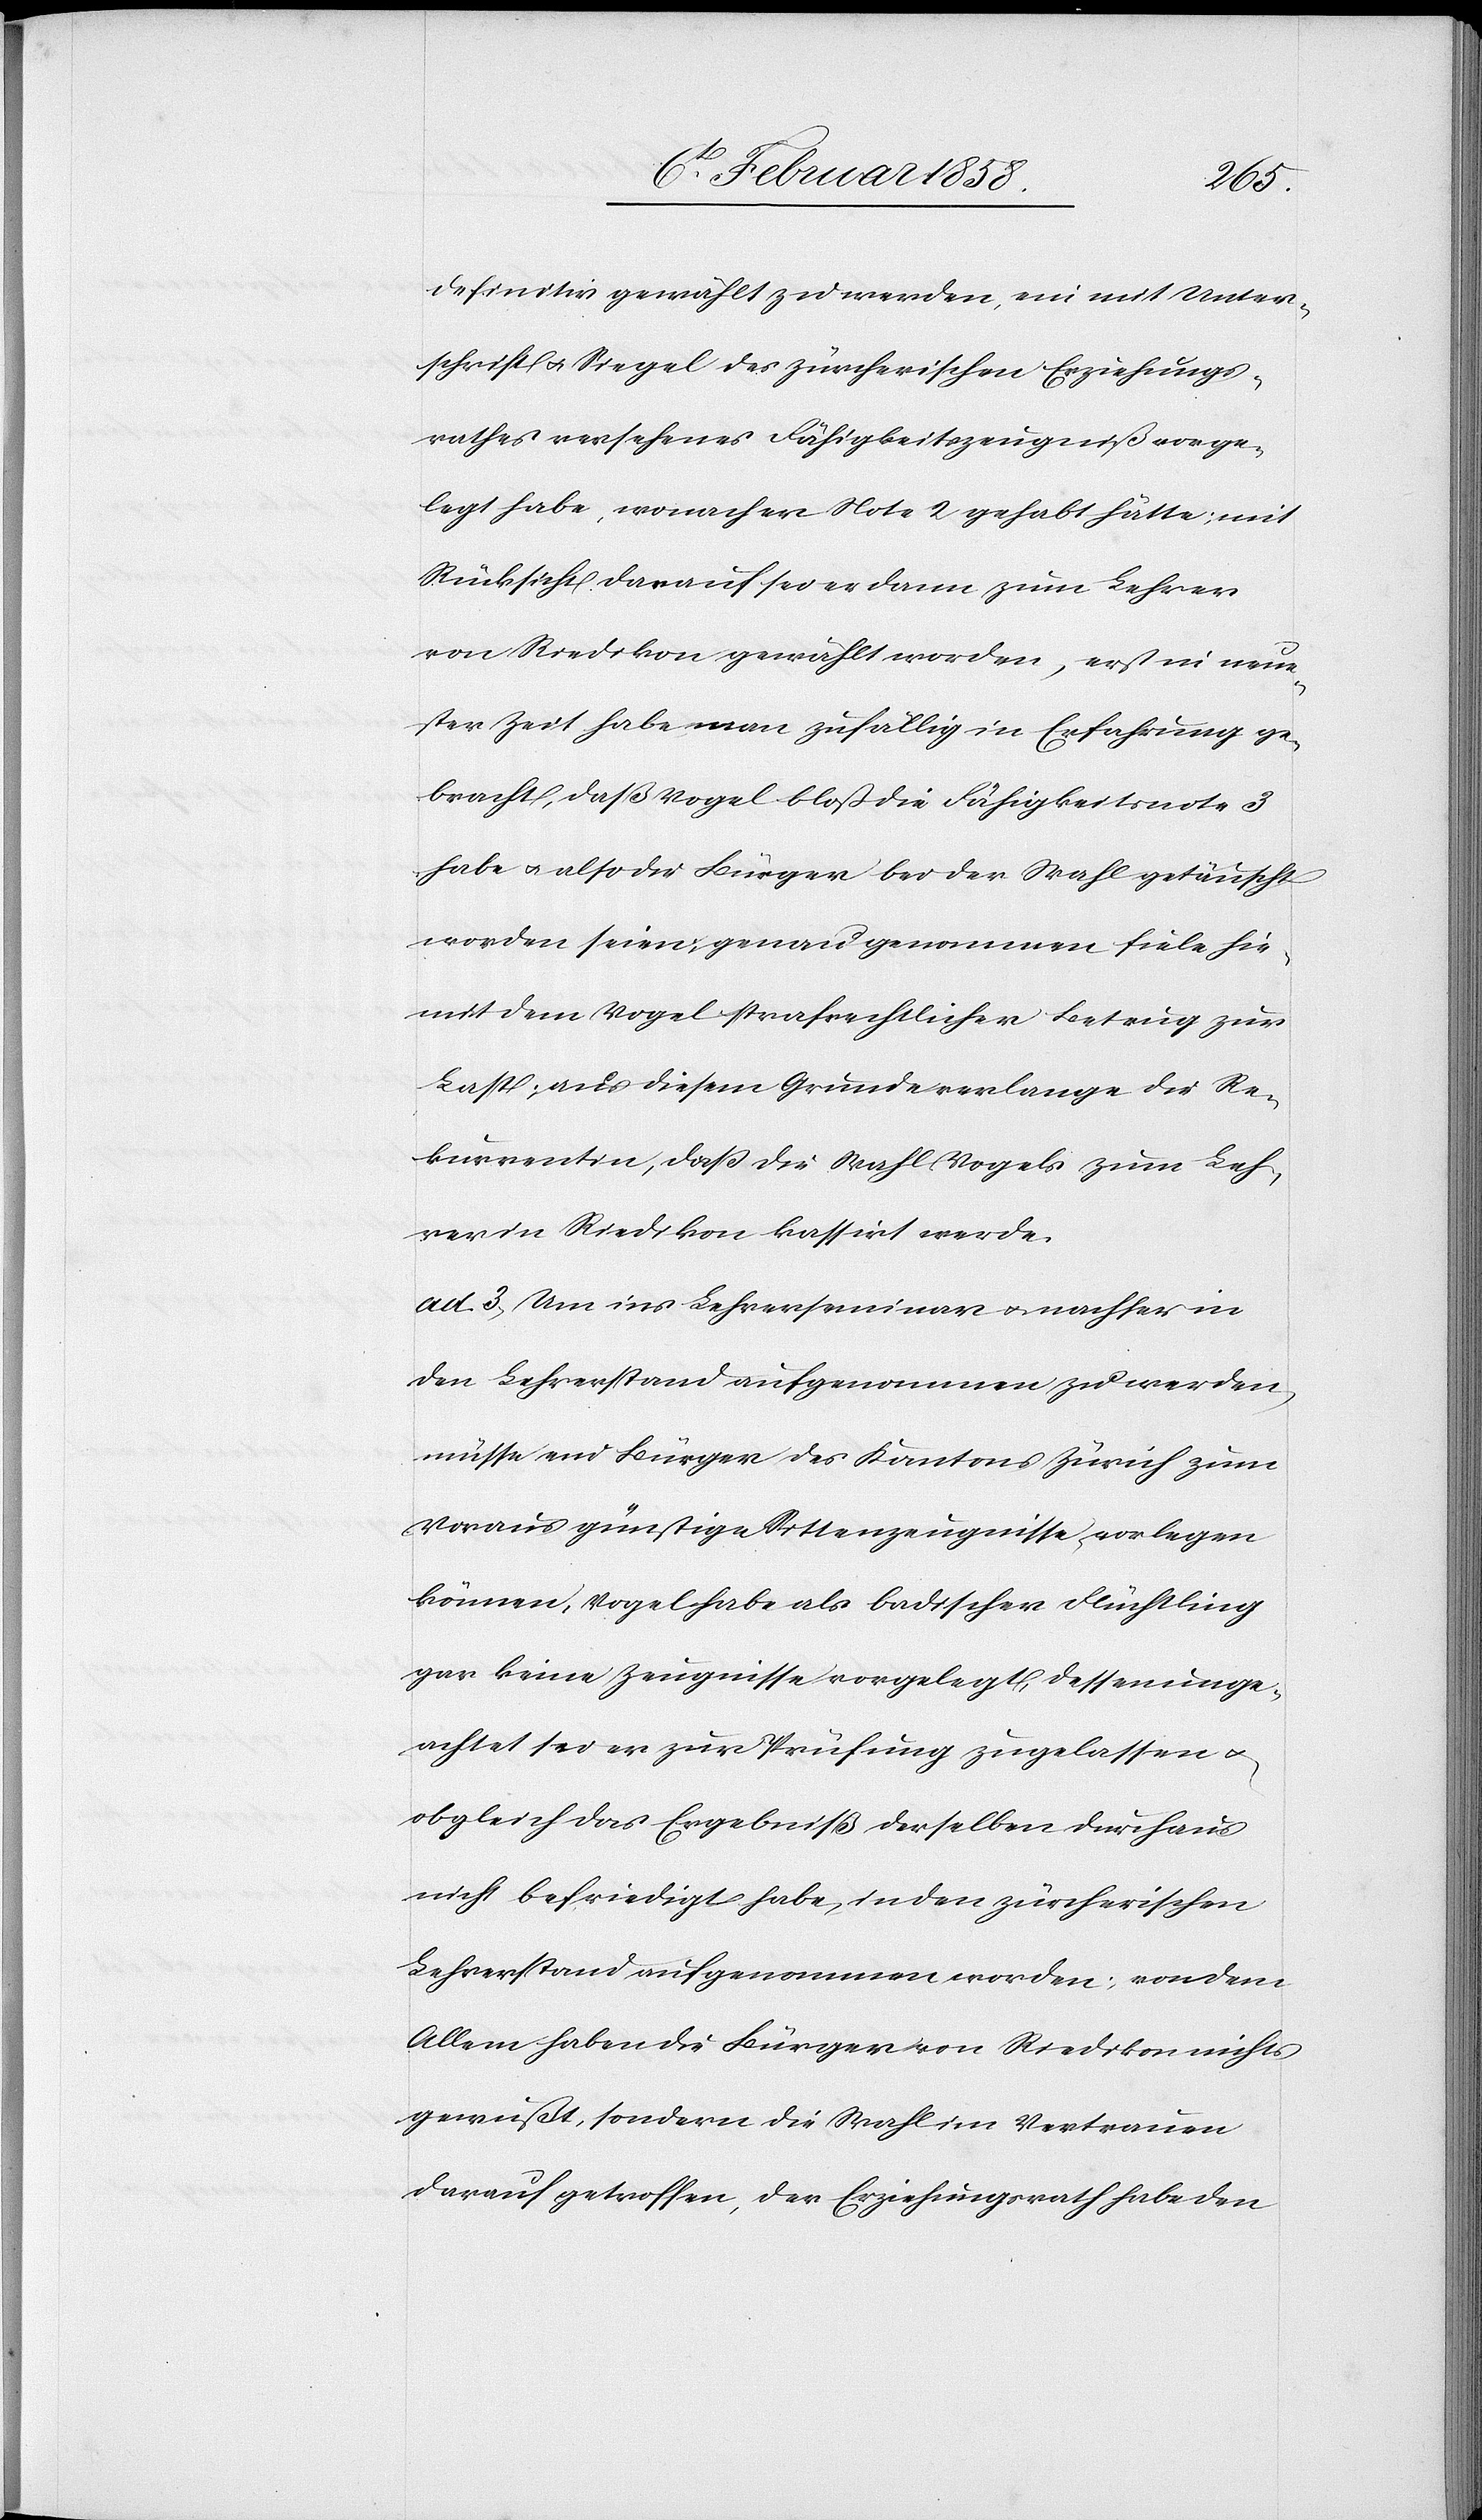
definitiv gewählt zu werden, ein mit Unter¬
schrift u. Siegel des Zürcherischen Erziehungs¬
rathes versehenes Fähigkeitszeugniß vorge¬
legt habe, wonach er Note 2 gehabt hätte, mit
Rücksicht darauf sei er dann zum Lehrer
von Riedikon gewählt worden, erst in neue¬
ster Zeit habe man zufällig in Erfahrung ge¬
bracht, daß Vogel bloß die Fähigkeitsnote 3
habe u. also die Bürger bei der Wahl getäuscht
worden seien, genau genommen fiele hie¬
mit dem Vogel strafrechtlicher Betrug zur
Last; aus diesem Grunde verlange die Re¬
kurrentin, daß die Wahl Vogels zum Leh¬
rer in Riedikon kassirt werde.
ad 3. Um ins Lehrerseminar u. nachher in
den Lehrerstand aufgenommen zu werden,
müsse ein Bürger des Kantons Zürich zum
Voraus günstige Sittenzeugnisse vorlegen
können, Vogel habe als badischer Flüchtling
gar keine Zeugnisse vorgelegt, dessenunge¬
achtet sei er zur Prüfung zugelassen u.
obgleich das Ergebeniß derselben durchaus
nicht befriedigt habe, in den zürcherischen
Lehrerstand aufgenommen worden; von dem
Allem haben die Bürger von Riedikon nichts
gewußt, sondern die Wahl im Vertrauen
darauf getroffen, der Erziehungsrath habe den